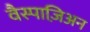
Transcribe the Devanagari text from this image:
वैस्पाज़िअन